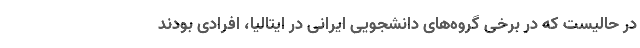
در حالیست که در برخی گروه‌های دانشجویی ایرانی در ایتالیا، افرادی بودند